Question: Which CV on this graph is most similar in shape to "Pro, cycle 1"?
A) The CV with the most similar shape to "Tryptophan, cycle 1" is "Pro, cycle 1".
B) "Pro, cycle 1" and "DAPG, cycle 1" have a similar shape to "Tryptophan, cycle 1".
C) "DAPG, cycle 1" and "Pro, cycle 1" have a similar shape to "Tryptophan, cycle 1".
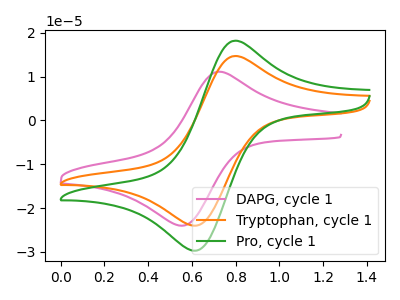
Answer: <think>The pink curve "DAPG, cycle 1" has an anodic peak at (0.75V, 11.10uA) and a cathodic peak at (0.55V, -24.00uA). The orange curve "Tryptophan, cycle 1" has an anodic peak at (0.80V, 14.60uA) and a cathodic peak at (0.60V, -24.00uA). The green curve "Pro, cycle 1" has an anodic peak at (0.80V, 18.05uA) and a cathodic peak at (0.60V, -29.70uA).
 "DAPG, cycle 1" and "Tryptophan, cycle 1" have at least one peak that do not match. "DAPG, cycle 1" and "Pro, cycle 1" have at least one peak that do not match. All the peaks in "Tryptophan, cycle 1" have a peak in "Pro, cycle 1" at the same potential. Every peak in "Tryptophan, cycle 1" is lower than every peak in "Pro, cycle 1".</think>
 <answer>A) The CV with the most similar shape to "Tryptophan, cycle 1" is "Pro, cycle 1".</answer>
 <eval>A</eval>